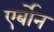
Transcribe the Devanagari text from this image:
एर्बोन